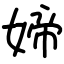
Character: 媂